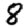
Digit: 8